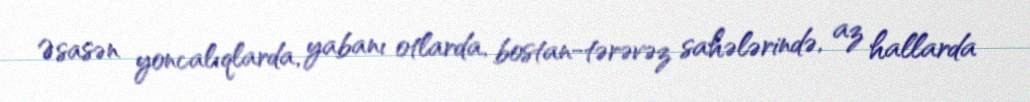
Əsasən yoncalıqlarda, yabanı otlarda, bostan-tərəvəz sahələrində, az hallarda